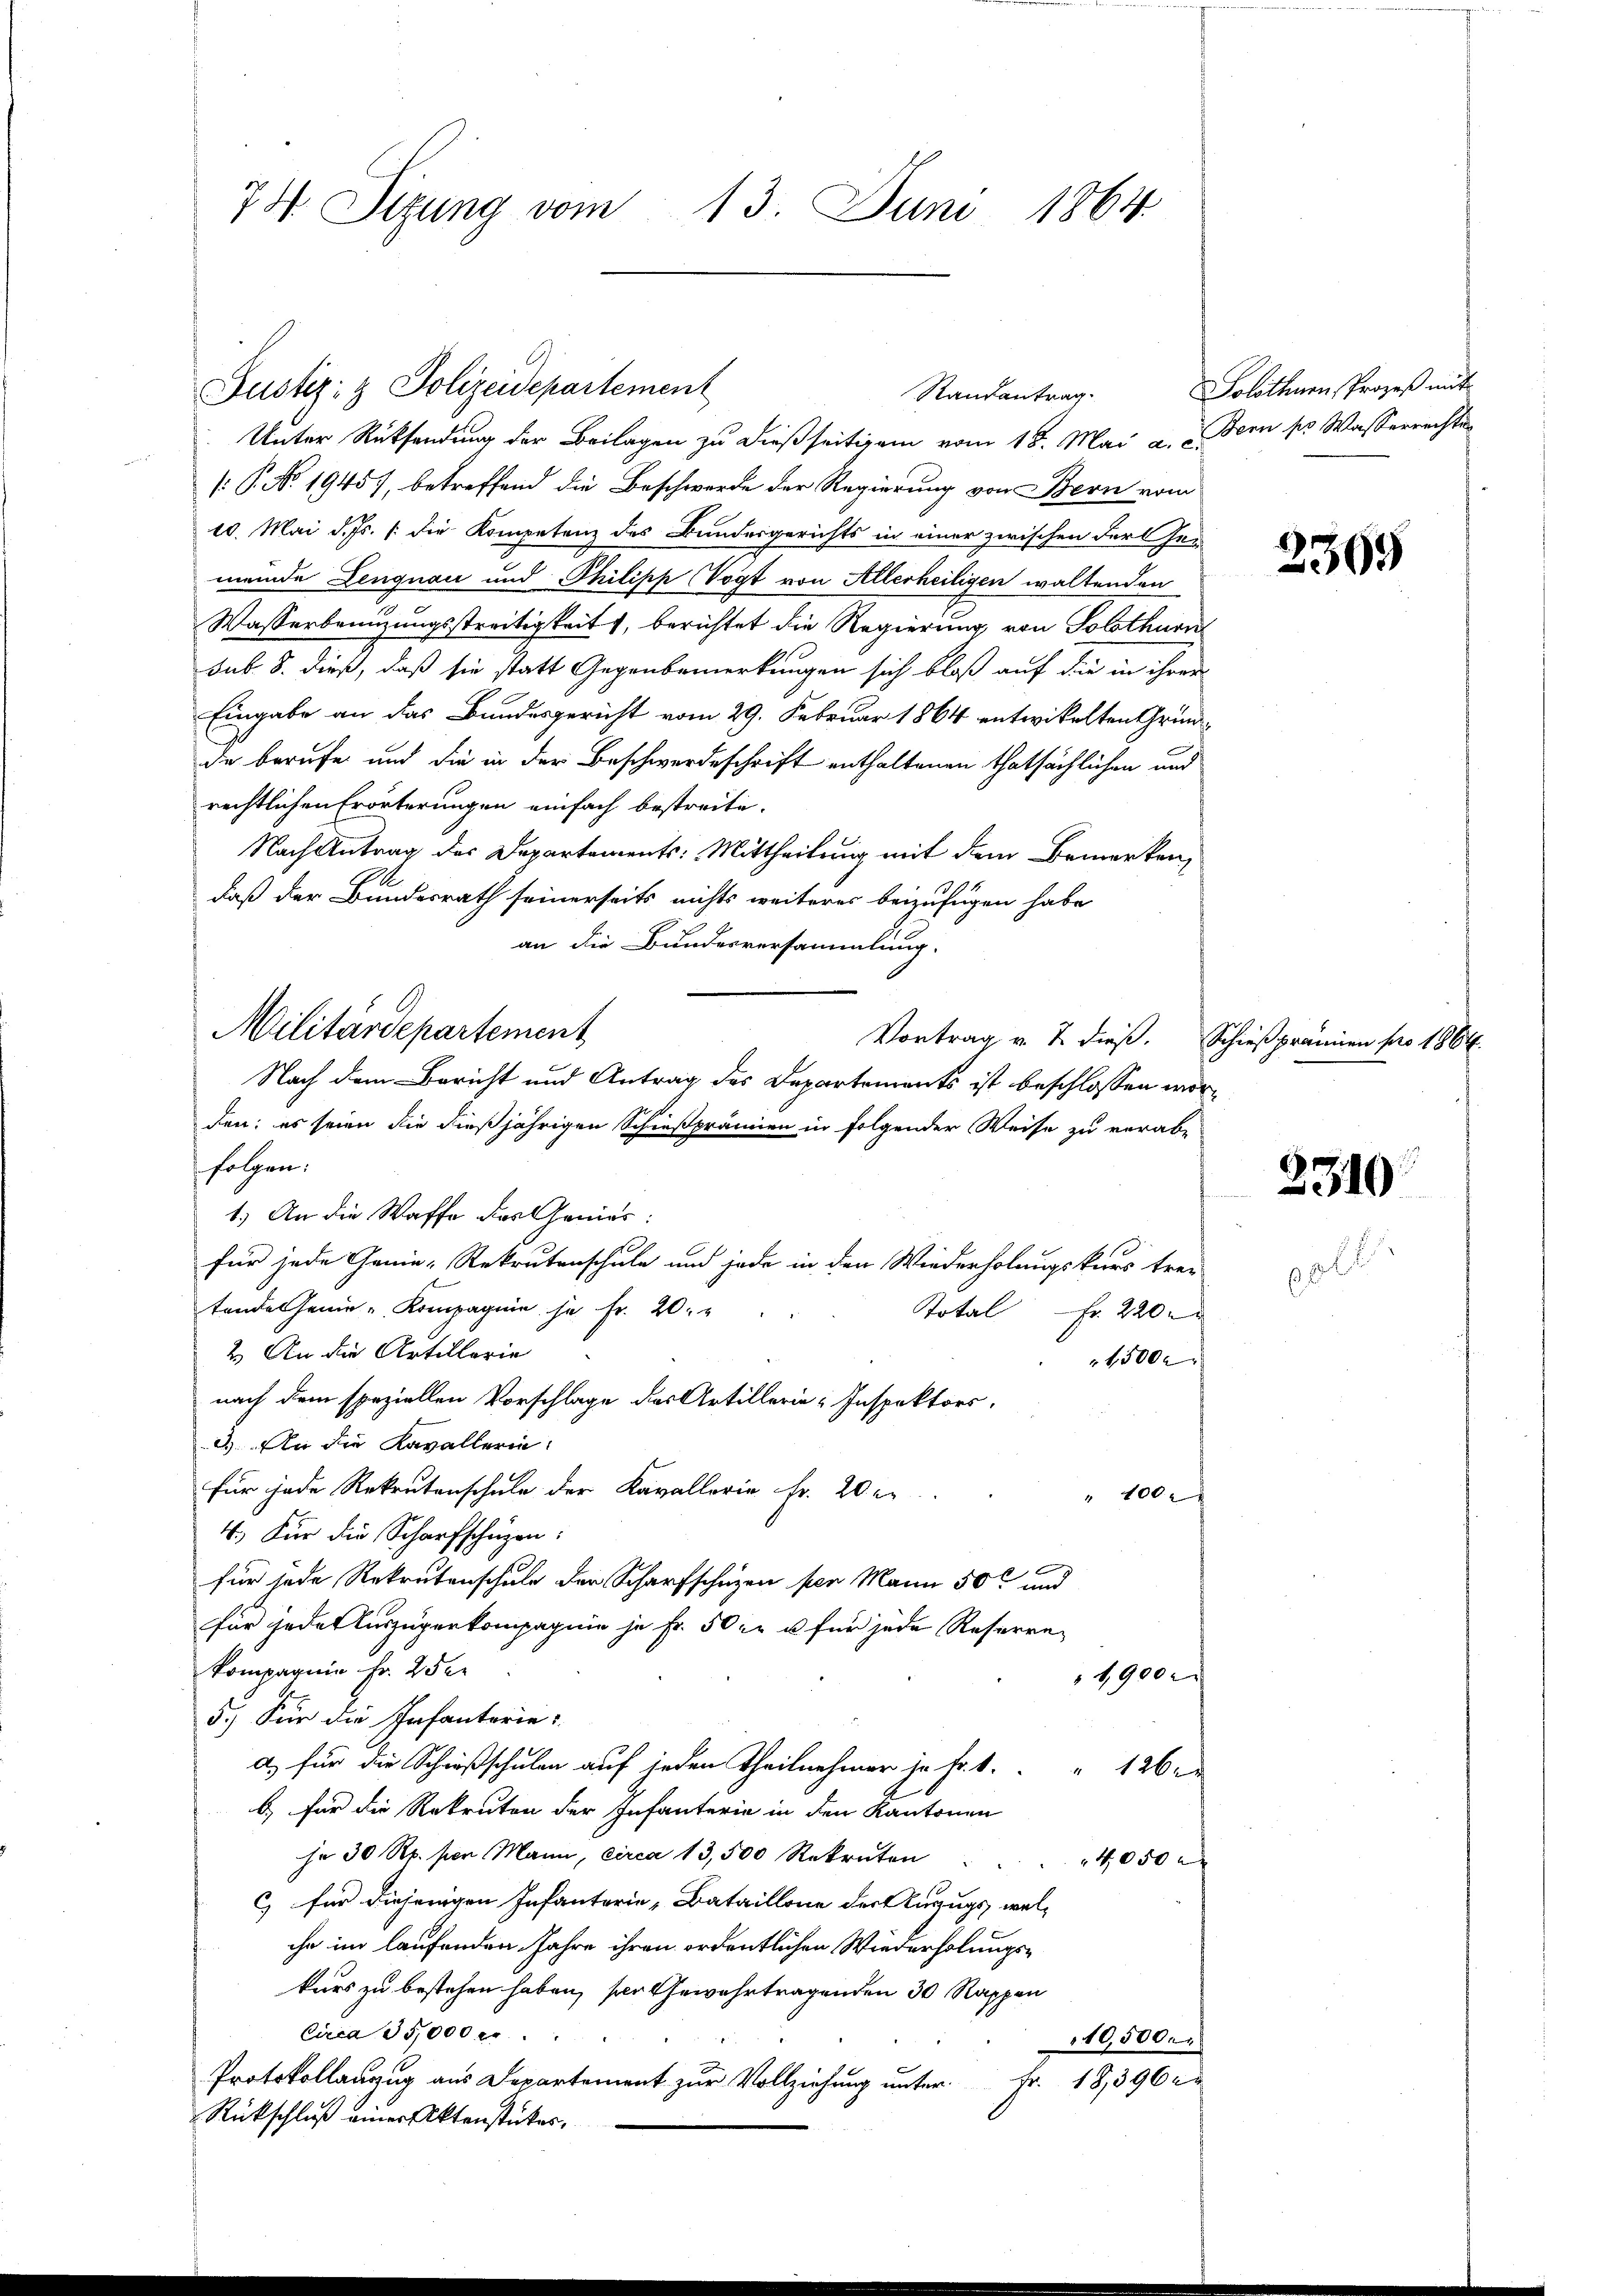
74. Sizung vom 13. Juni 1864.

Justiz- & Polizeidepartement
Unter Rücksendung der Beilagen zu dießseitigem vom 18. Mai a. Bern pr. Wasserrechte
[: P. No. 19457, betreffend die Beschwerde der Regierung von Bern vom
10. Mai d. Js. /: die Kompetenz des Bundesgerichts in einer zwischen der Ge-
meinde Lengnau und Philipp Vogt von Allerheiligen waltenden
Wasserbenuzungsstreitigkeit, berichtet die Regierung von Solothurn
sub. 8. dieß, daß sie statt Gegenbemerkungen sich bloß auf die in ihrer
Eingabe an das Bundesgericht vom 29. Februar 1864 entwickelten Grundde berufe und die in der Beschwerdeschrift enthaltenen thatsächlichen und
rechtlichen Erörterungen einfach bestreite.
Nach Antrag des Departements: Mittheilung mit dem Bemerken,
daß der Bundesrath seinerseits nichts weiteres beizufügen habe
an die Bundesversammlung.
Militärdepartement
Vortrag v. J. dieß. Schießprämien pro 1864.
Nach dem Bericht und Antrag des Departements ist beschlossen worden; es seien die dießjährigen Schießprämien in folgender Weise zu verab-
folgen:
1.) An die Waffe des Genies:
für jede Genie- Rekrutenschule und jede in den Wiederholungskurs trei-
tandes seine u Kompagnie ja Fr. 20.
Total - Fr. 220.
2.) An die Artillarie
15000
nach dem speziellen Vorschlage des Artillerie-Inspektors.
2.) An die Kavallerin:
für jede Rekrutenschule der Kavallerie Fr. 202.
" 400
4.) Für die Scharfschüzen:
für jede Rekrutenschule der Scharfschuzen per Mann 50 und
für jeder Auszügerkompagnie je Fr. 50 xr u für jede Reserrekompagnie fr. 250
1900
5.) Für die Infanterie:
a) für die Schnißschulen auf jeden Theilnehmer je Fr. 4. " " 126.
b) für die Rekruten der Infanterie in den Kantonen
je 30 Rp. per Mann, circa 13,500 Rekruten
4050
c für diejenigen Infanterie-Bataillone derenzugs, wel-
che im laufenden Jahre ihren ordentlichen Wiederholungskars zu bestehen haben, ser Gewahrtragenden 30 Rappen
Circa 35,000 fr.
10,500.
Protokollanzug aus Departement zur Vollziehung unter Fr. 18,396
Rückschluß einer Aktenstückes,

Randantrag

Solothenen Prozeß mit

2

2369

2310